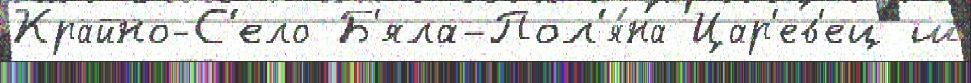
Крайно-С'ело Б'яла-Пол'я́на Цар'ев'ец ш